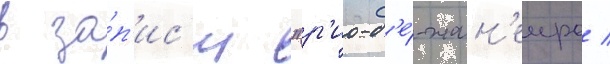
в за́п'ис'и "р'ио-д'е́-жан'еиро /